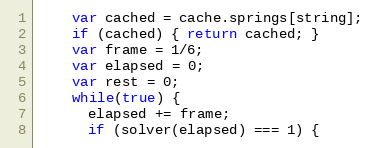
Language: JavaScript
    var cached = cache.springs[string];
    if (cached) { return cached; }
    var frame = 1/6;
    var elapsed = 0;
    var rest = 0;
    while(true) {
      elapsed += frame;
      if (solver(elapsed) === 1) {